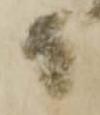
而